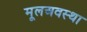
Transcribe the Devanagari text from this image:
मूलअवस्था